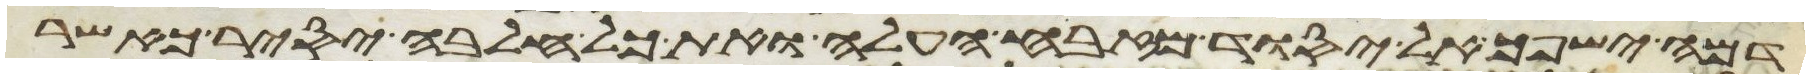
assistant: דמה ישפך אל יסוד מזבח העלה ואת כל חלבה יסיר כאשר